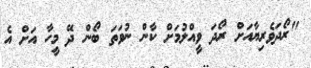
"ރޯދަވެރިޔާއަށް ރޯދަ ވީއްލުމަށް ކާން ނުވަތަ ބޯން ދޭ މީހާ އަށް އެ